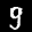
Label: 9